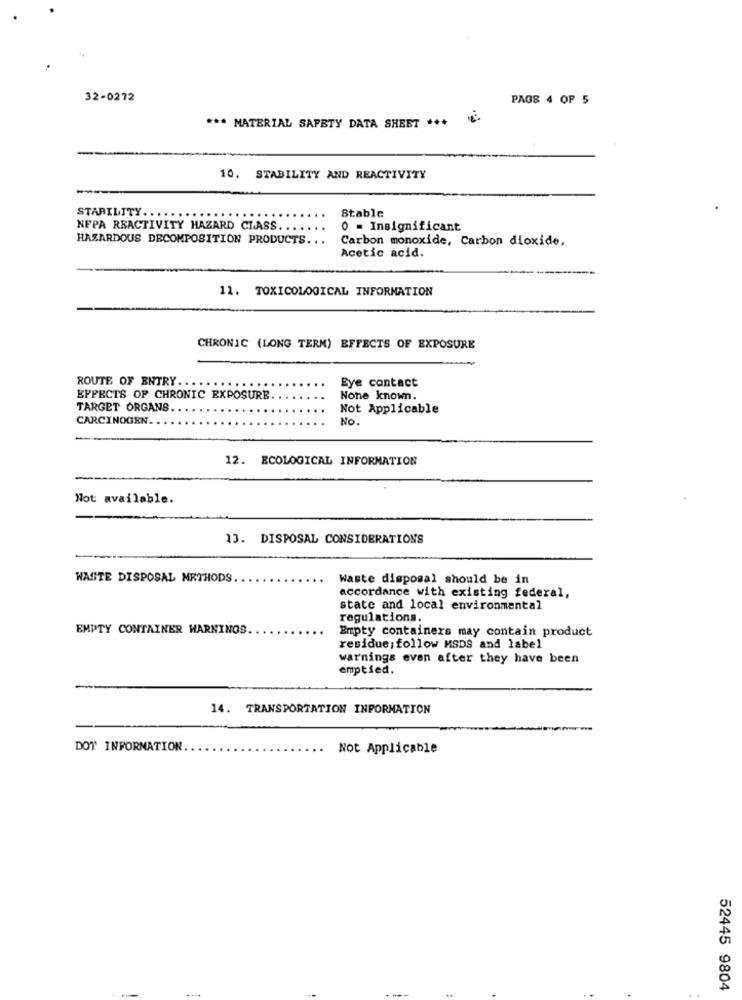
32-0272
PAGS 4 OF 5
*** MATERIAL SAFETY DATA SHEET *** *
10. STABILITY AND REACTIVITY
Stable
STABILITY ..
NFPA REACTIVITY HAZARD CLASS ..
0 = Insignificant
HAZARDOUS DECOMPOSITION PRODUCTS ...
Carbon monoxide, Carbon dioxide,
Acetic acid.
11. TOXICOLOGICAL INFORMATION
CHRONIC (LONG TERM) EFFECTS OF EXPOSURE
ROUTE OF ENTRY ..
Eye contact
EFFECTS OF CHRONIC EXPOSURE
None known.
TARGET ORGANS.
Not Applicable
CARCINOGEN.
No.
12. ECOLOGICAL INFORMATION
Not available.
13. DISPOSAL CONSIDERATIONS
WASTE DISPOSAL METHODS
Waste disposal should be in
accordance with existing federal,
state and local environmental
regulations.
EMPTY CONTAINER HARNINOS.
Empty containers may contain product
residue ; follow MSDS and label
warnings even after they have been
emptied.
14. TRANSPORTATION INFORMATION
DOT INFORMATION
Not Applicable
52445 9804